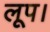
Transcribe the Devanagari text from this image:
लूप।